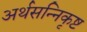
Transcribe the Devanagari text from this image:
अर्थसन्निकृष्ट